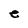
Character: e